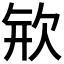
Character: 𣢴